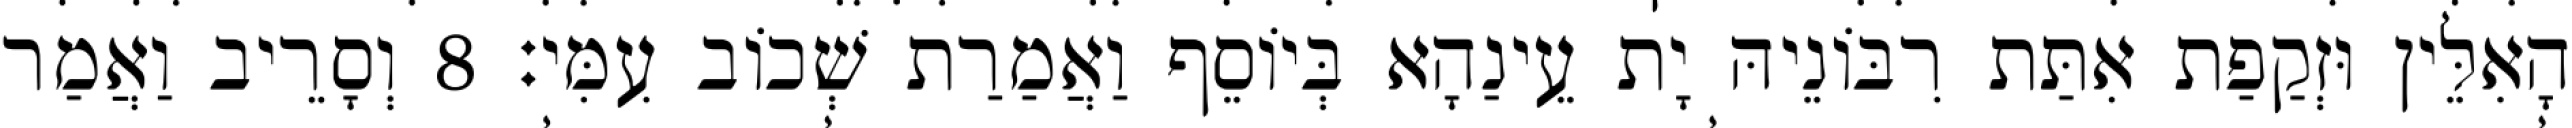
הָאִלֵּין וּזְקַפַת אִתַּת רִבּוֹנֵיהּ יָת עֵינַהָא בְּיוֹסֵף וַאֲמַרַת שְׁכוֹב עִמִּי׃ 8 וְסָרֵיב וַאֲמַר